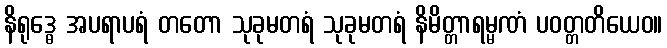
နိရုဒ္ဓေ အပရာပရံ တတော သုခုမတရံ သုခုမတရံ နိမိတ္တာရမ္မဏံ ပဝတ္တတိယေဝ။